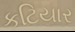
કટિયાર